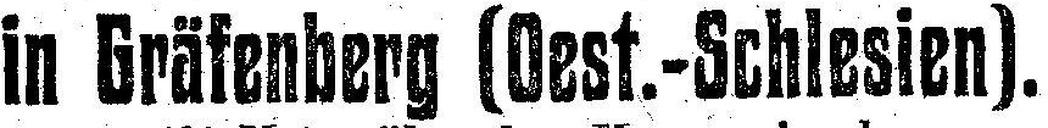
in Gräfenberg [Oest.-Schlesien].